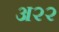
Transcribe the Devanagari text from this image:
अ२२